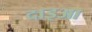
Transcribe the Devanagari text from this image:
दाइआ